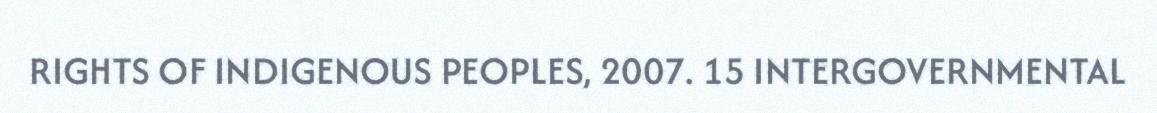
RIGHTS OF INDIGENOUS PEOPLES, 2007. 15 INTERGOVERNMENTAL